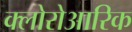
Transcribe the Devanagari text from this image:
क्लोरोआरिक